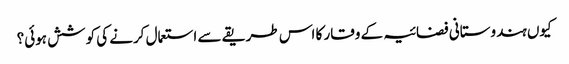
کیوں ہندوستانی فضائیہ کے وقار کا اس طریقے سے استعمال کرنے کی کوشش ہوئی؟